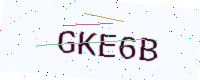
Text: GKE6B